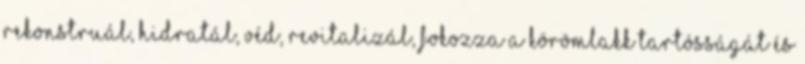
rekonstruál, hidratál, véd, revitalizál, fokozza a körömlakk tartósságát és